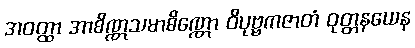
အဝတ္ထာ အာစိဏ္ဏသမာစိဏ္ဏော ဝိပုဗ္ဗကဇာတံ ဝုတ္တနယေန